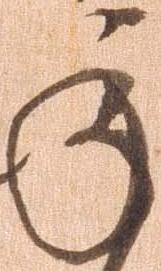
承